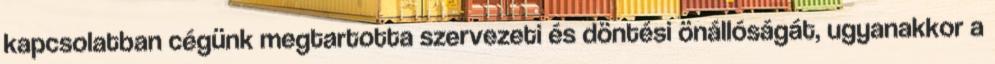
kapcsolatban cégünk megtartotta szervezeti és döntési önállóságát, ugyanakkor a